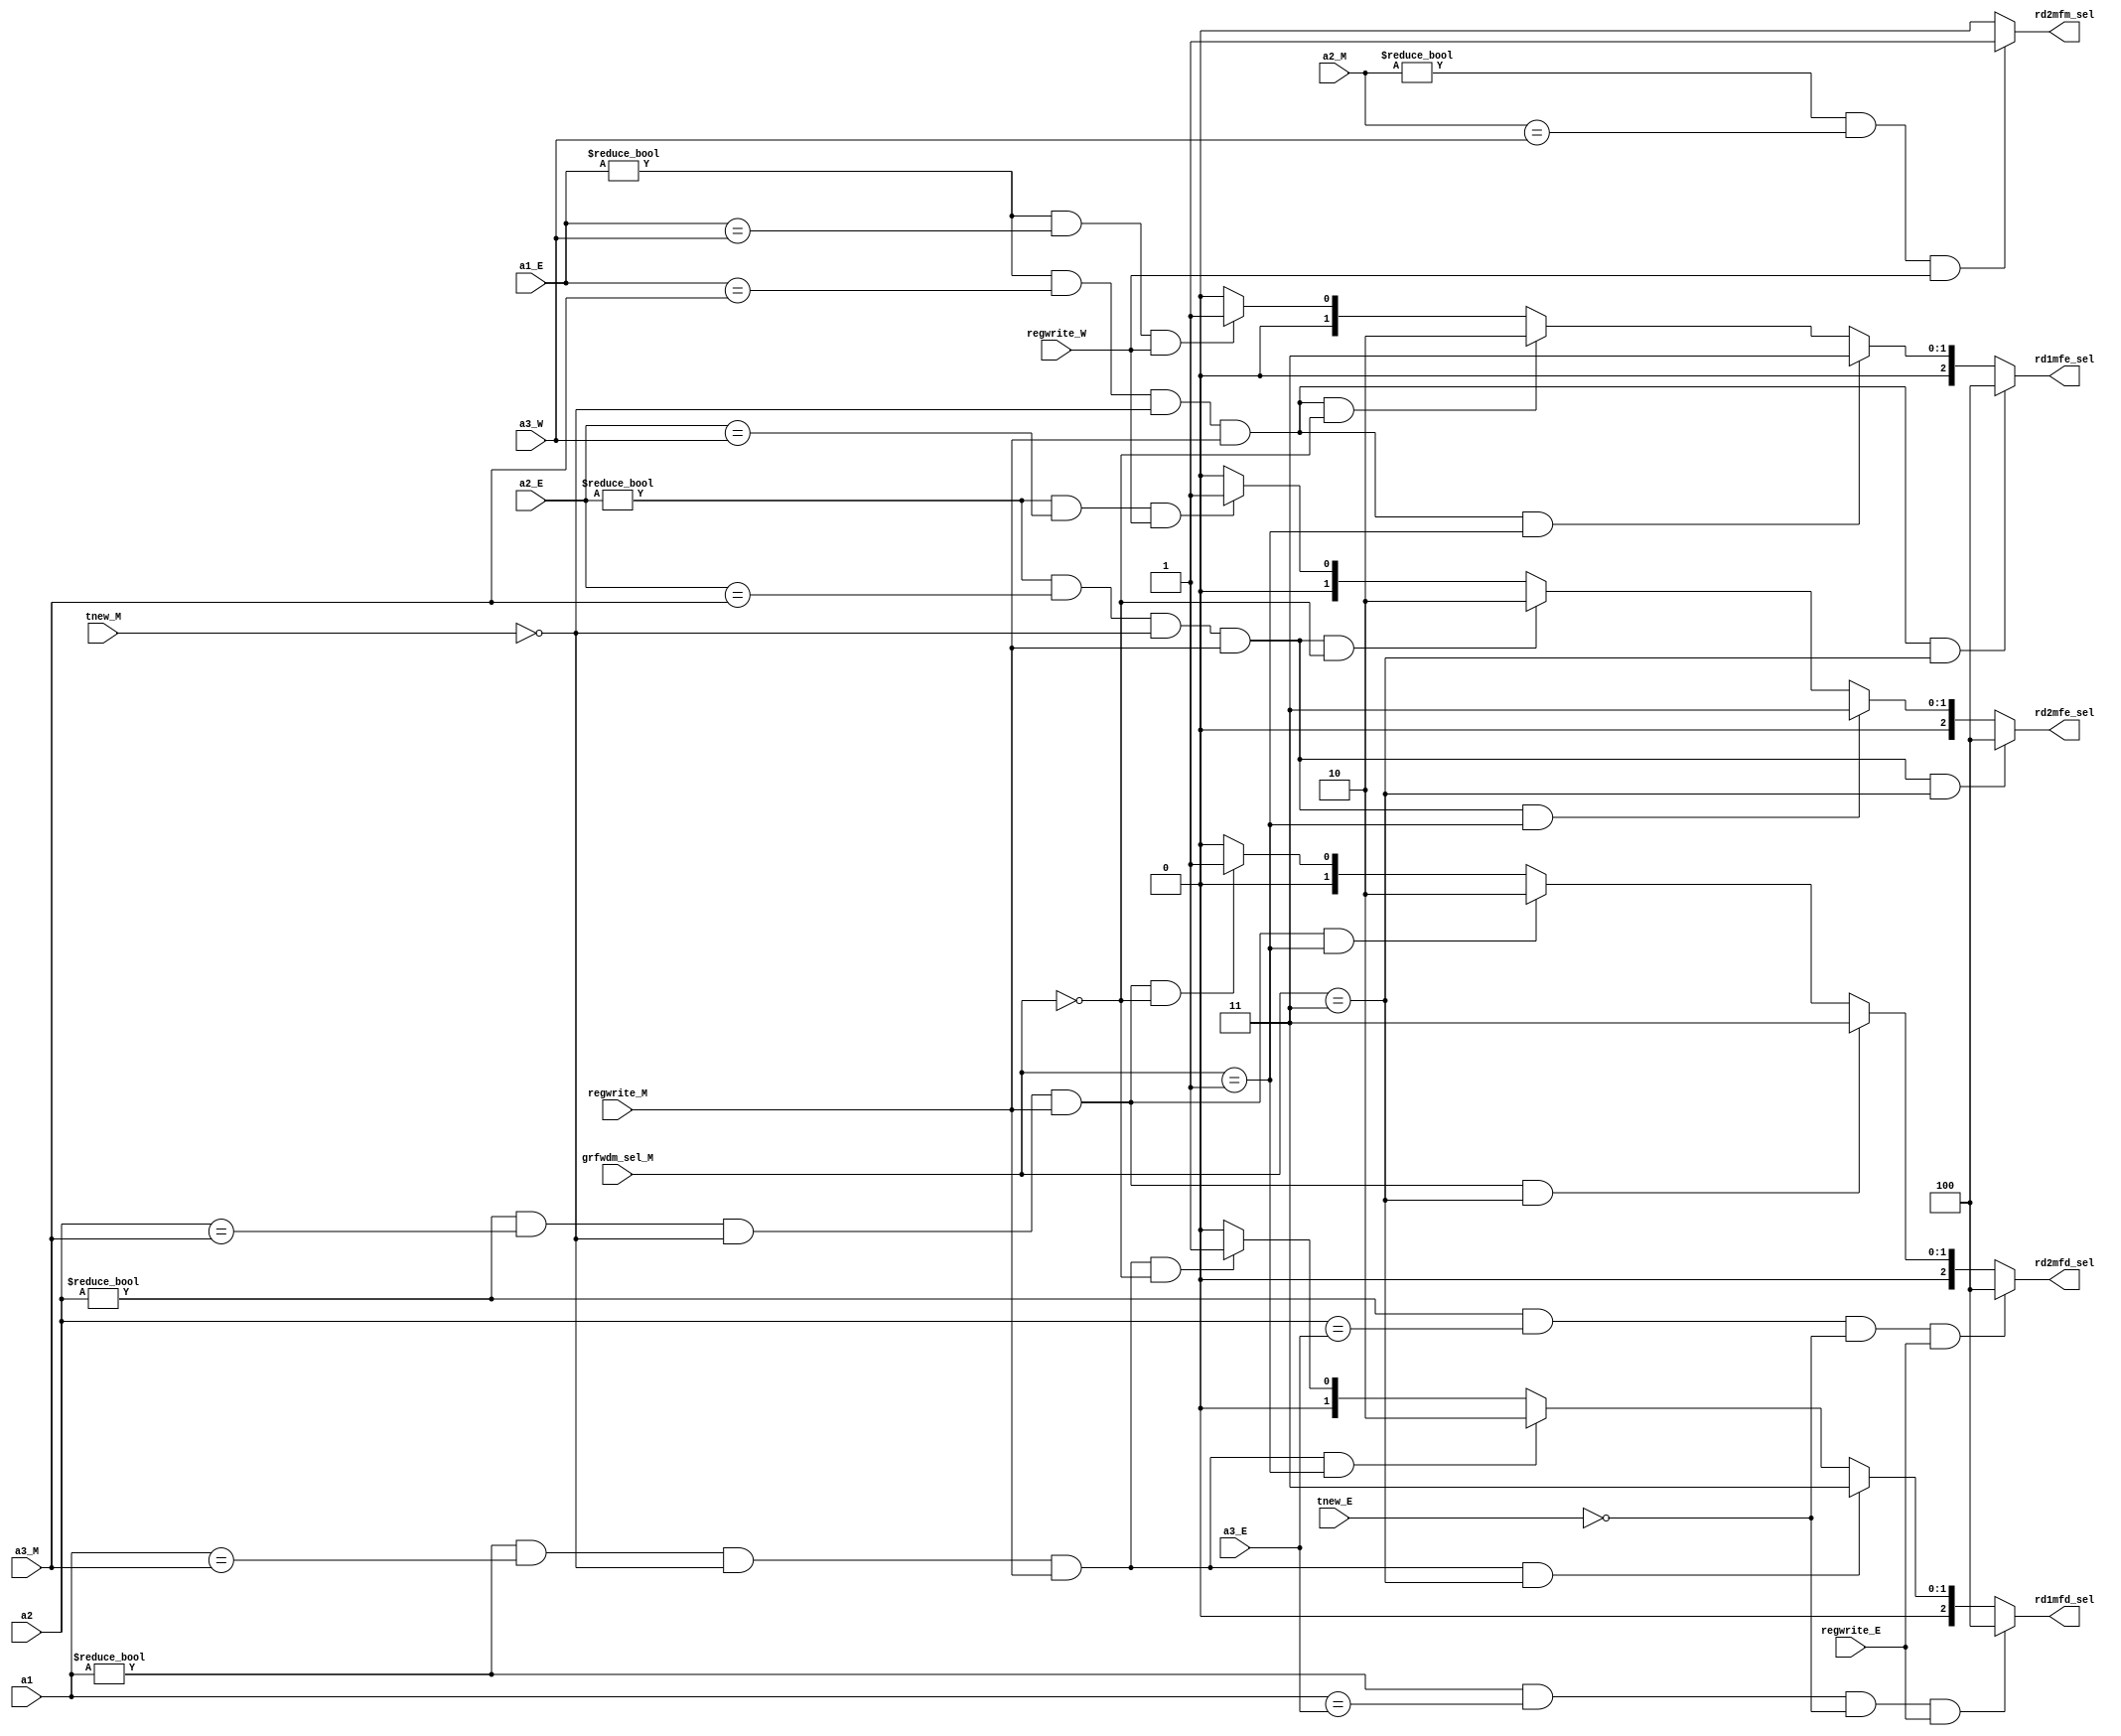
module forward_controller (
    input wire[4:0] a1,
    input wire[4:0] a1_E,
    input wire[4:0] a2,
    input wire[4:0] a2_E,
    input wire[4:0] a2_M,
    input wire[4:0] a3_E,
    input wire[4:0] a3_M,
    input wire[4:0] a3_W,
    input wire[1:0] tnew_E,
    input wire[1:0] tnew_M,
    input wire regwrite_E,
    input wire regwrite_M,
    input wire regwrite_W,
    input wire[2:0] grfwdm_sel_M,
    output wire [2:0]rd1mfd_sel,
    output wire [2:0]rd2mfd_sel,
    output wire [2:0]rd1mfe_sel,
    output wire [2:0]rd2mfe_sel,
    output wire rd2mfm_sel
);
    //----------------------------------------------
    reg [2:0] r_rd1mfd_sel,r_rd2mfd_sel,r_rd1mfe_sel,r_rd2mfe_sel;
    reg r_rd2mfm_sel;
    always @(*) begin//rd1mfd_sel
        if(a1!=5'b0&&a1==a3_E&&tnew_E==2'b0&&regwrite_E==1'b1) r_rd1mfd_sel = 3'b100;
        else if(a1!=5'b0&&a1==a3_M&&tnew_M==2'b0&&regwrite_M==1'b1&&grfwdm_sel_M==3'b011) r_rd1mfd_sel = 3'b011;
        else if(a1!=5'b0&&a1==a3_M&&tnew_M==2'b0&&regwrite_M==1'b1&&grfwdm_sel_M==3'b001) r_rd1mfd_sel = 3'b010;
        else if(a1!=5'b0&&a1==a3_M&&tnew_M==2'b0&&regwrite_M==1'b1&&grfwdm_sel_M==3'b000) r_rd1mfd_sel = 3'b001;//
        else r_rd1mfd_sel = 3'b000;
    end
    always @(*) begin//rd2mfd_sel
        if(a2!=5'b0&&a2==a3_E&&tnew_E==2'b0&&regwrite_E==1'b1) r_rd2mfd_sel = 3'b100;
        else if(a2!=5'b0&&a2==a3_M&&tnew_M==2'b0&&regwrite_M==1'b1&&grfwdm_sel_M==3'b011) r_rd2mfd_sel = 3'b011;
        else if(a2!=5'b0&&a2==a3_M&&tnew_M==2'b0&&regwrite_M==1'b1&&grfwdm_sel_M==3'b001) r_rd2mfd_sel = 3'b010;
        else if(a2!=5'b0&&a2==a3_M&&tnew_M==2'b0&&regwrite_M==1'b1&&grfwdm_sel_M==3'b000) r_rd2mfd_sel = 3'b001;
        else r_rd2mfd_sel = 3'b000;
    end
    always @(*) begin//rd1mfe_sel
        if(a1_E!=5'b0&&a1_E==a3_M&&tnew_M==2'b0&&regwrite_M==1'b1&&grfwdm_sel_M==3'b011)  r_rd1mfe_sel = 3'b100;
        else if(a1_E!=5'b0&&a1_E==a3_M&&tnew_M==2'b0&&regwrite_M==1'b1&&grfwdm_sel_M==3'b001) r_rd1mfe_sel = 3'b011;
        else if(a1_E!=5'b0&&a1_E==a3_M&&tnew_M==2'b0&&regwrite_M==1'b1&&grfwdm_sel_M==3'b000) r_rd1mfe_sel = 3'b010;
        else if(a1_E!=5'b0&&a1_E==a3_W&&regwrite_W==1'b1) r_rd1mfe_sel = 3'b001;
        else r_rd1mfe_sel = 3'b000;
    end
    always @(*) begin//rd2mfe_sel
        if(a2_E!=5'b0&&a2_E==a3_M&&tnew_M==2'b0&&regwrite_M==1'b1&&grfwdm_sel_M==3'b011)  r_rd2mfe_sel = 3'b100;
        else if(a2_E!=5'b0&&a2_E==a3_M&&tnew_M==2'b0&&regwrite_M==1'b1&&grfwdm_sel_M==3'b001) r_rd2mfe_sel = 3'b011;
        else if(a2_E!=5'b0&&a2_E==a3_M&&tnew_M==2'b0&&regwrite_M==1'b1&&grfwdm_sel_M==3'b000) r_rd2mfe_sel = 3'b010;
        else if(a2_E!=5'b0&&a2_E==a3_W&&regwrite_W==1'b1) r_rd2mfe_sel = 3'b001;
        else r_rd2mfe_sel = 3'b000;
    end
    always @(*) begin//rd2mfm_sel
        if(a2_M!=5'b0&&a2_M==a3_W&&regwrite_W==1'b1) r_rd2mfm_sel = 1'b1;
        else r_rd2mfm_sel = 1'b0;
    end
    assign rd1mfd_sel = r_rd1mfd_sel;
    assign rd2mfd_sel = r_rd2mfd_sel;
    assign rd1mfe_sel = r_rd1mfe_sel;
    assign rd2mfe_sel = r_rd2mfe_sel;
    assign rd2mfm_sel = r_rd2mfm_sel;

endmodule